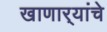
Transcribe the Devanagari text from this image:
खाणार्‍यांचे